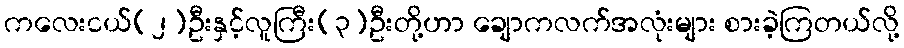
ကလေးငယ်(၂)ဦးနှင့်လူကြီး(၃)ဦးတို့ဟာ ချောကလက်အလုံးများ စားခဲ့ကြတယ်လို့